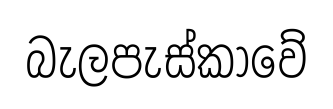
බැලපැස්කාවේ